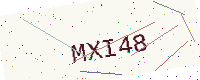
Text: MXI48